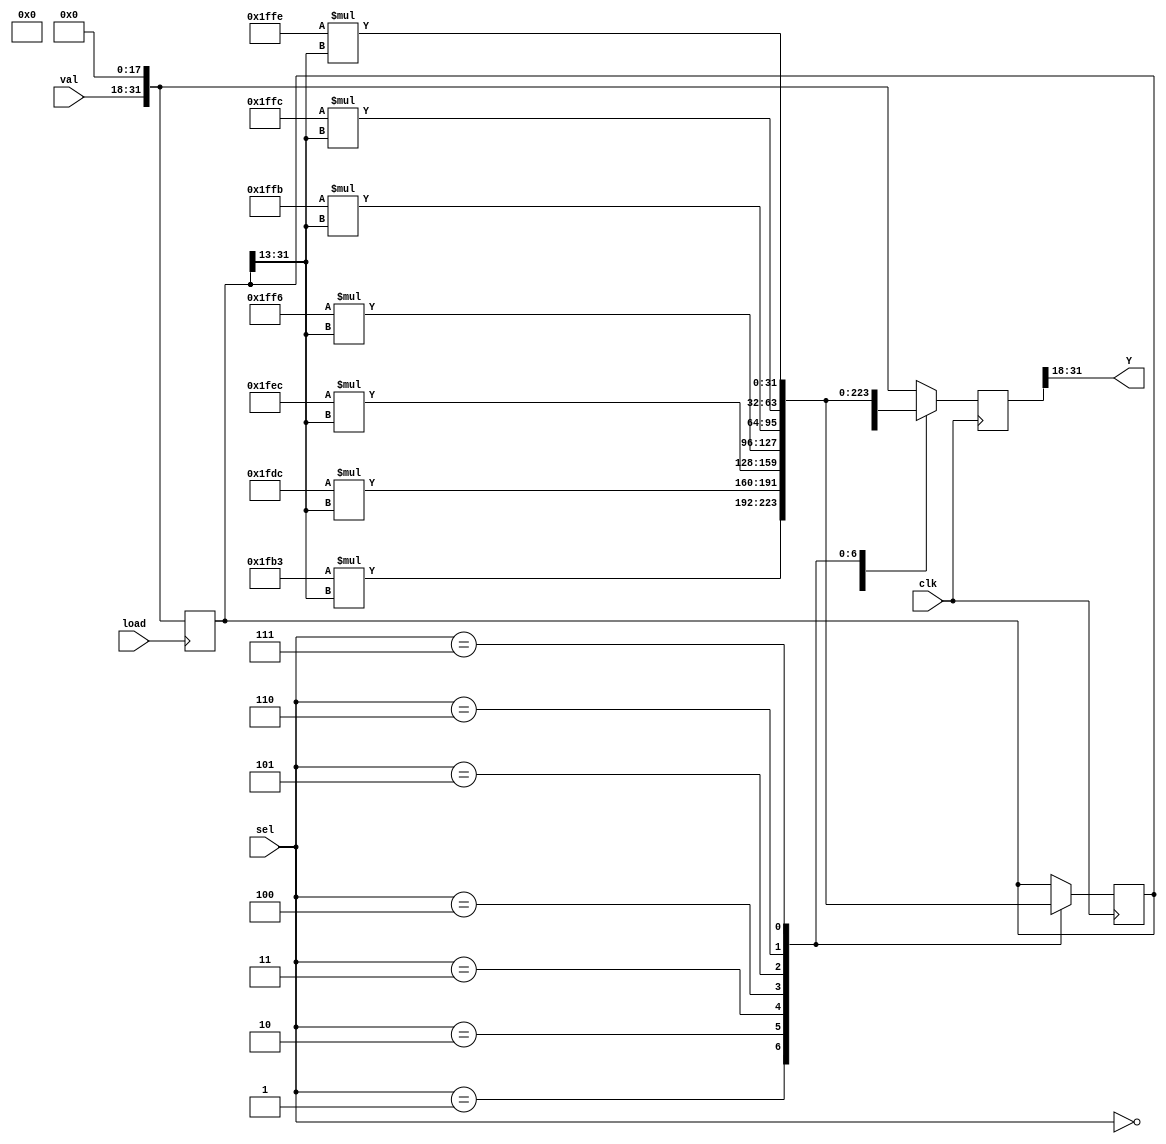
module simADC (Y, clk, sel,load,val);
output [13:0] Y;
input [3:0] sel;
input clk, load;
input [13:0] val;

reg signed [31:0] yc;
reg signed [31:0] ymem; 

always @(posedge clk)
begin
 case(sel)
  0: yc <= 0;
  1: begin
     yc = 8115*(ymem>>>13); // 1
     ymem = yc;
     end
  2: begin
     yc = 8156*(ymem>>>13); // 2
     ymem = yc;
     end
  3: begin
     yc = 8172*(ymem>>>13); // 
     ymem = yc;
     end

  4: begin
     yc = 8182*(ymem>>>13); //
     ymem = yc;
     end

  5: begin
     yc = 8187*(ymem>>>13); // 
     ymem = yc;
     end

  6: begin
     yc = 8188*(ymem>>>13); //
     ymem = yc;
     end

  7: begin
     yc = 8190*(ymem>>>13); // 9.5
     ymem = yc;
     end

  default: yc<={val,{18{1'b0}}};
 endcase
end
assign Y = (yc[31:18]);

always @(posedge load)
begin
 if(load) ymem = {val,{18{1'b0}}};
end
endmodule